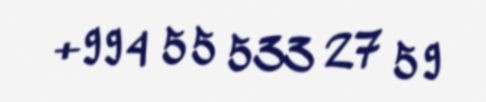
+994 55 533 27 59